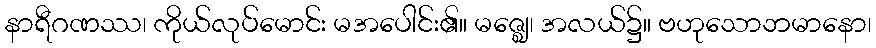
နာရီဂဏဿ၊ ကိုယ်လုပ်မောင်း မအပေါင်း၏။ မဇ္ဈေ၊ အလယ်၌။ ဗဟုသောဘမာနော၊